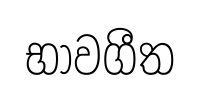
භාවගීත